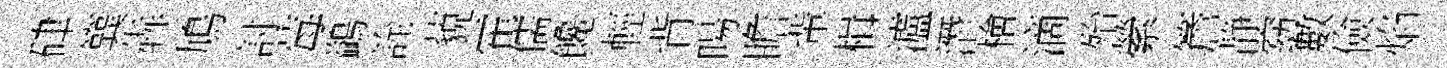
硉簨犇鳩討莓鷁詮藐霍儒饞輕背暘瞻軰楫瀘潛檜滴殆縈簷静窈數儉焰